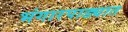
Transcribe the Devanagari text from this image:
भंगारपाड्यात